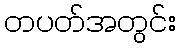
တပတ်အတွင်း